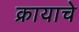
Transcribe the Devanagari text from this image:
क्रायाचे